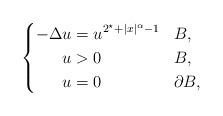
LaTeX: \begin{align*}\left\{\begin{aligned}-\Delta u &= u^{2^\star + |x|^\alpha - 1} & & B,\\u &> 0 & & B,\\u &= 0 & & \partial B,\end{aligned}\right.\end{align*}